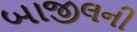
બાજીલની